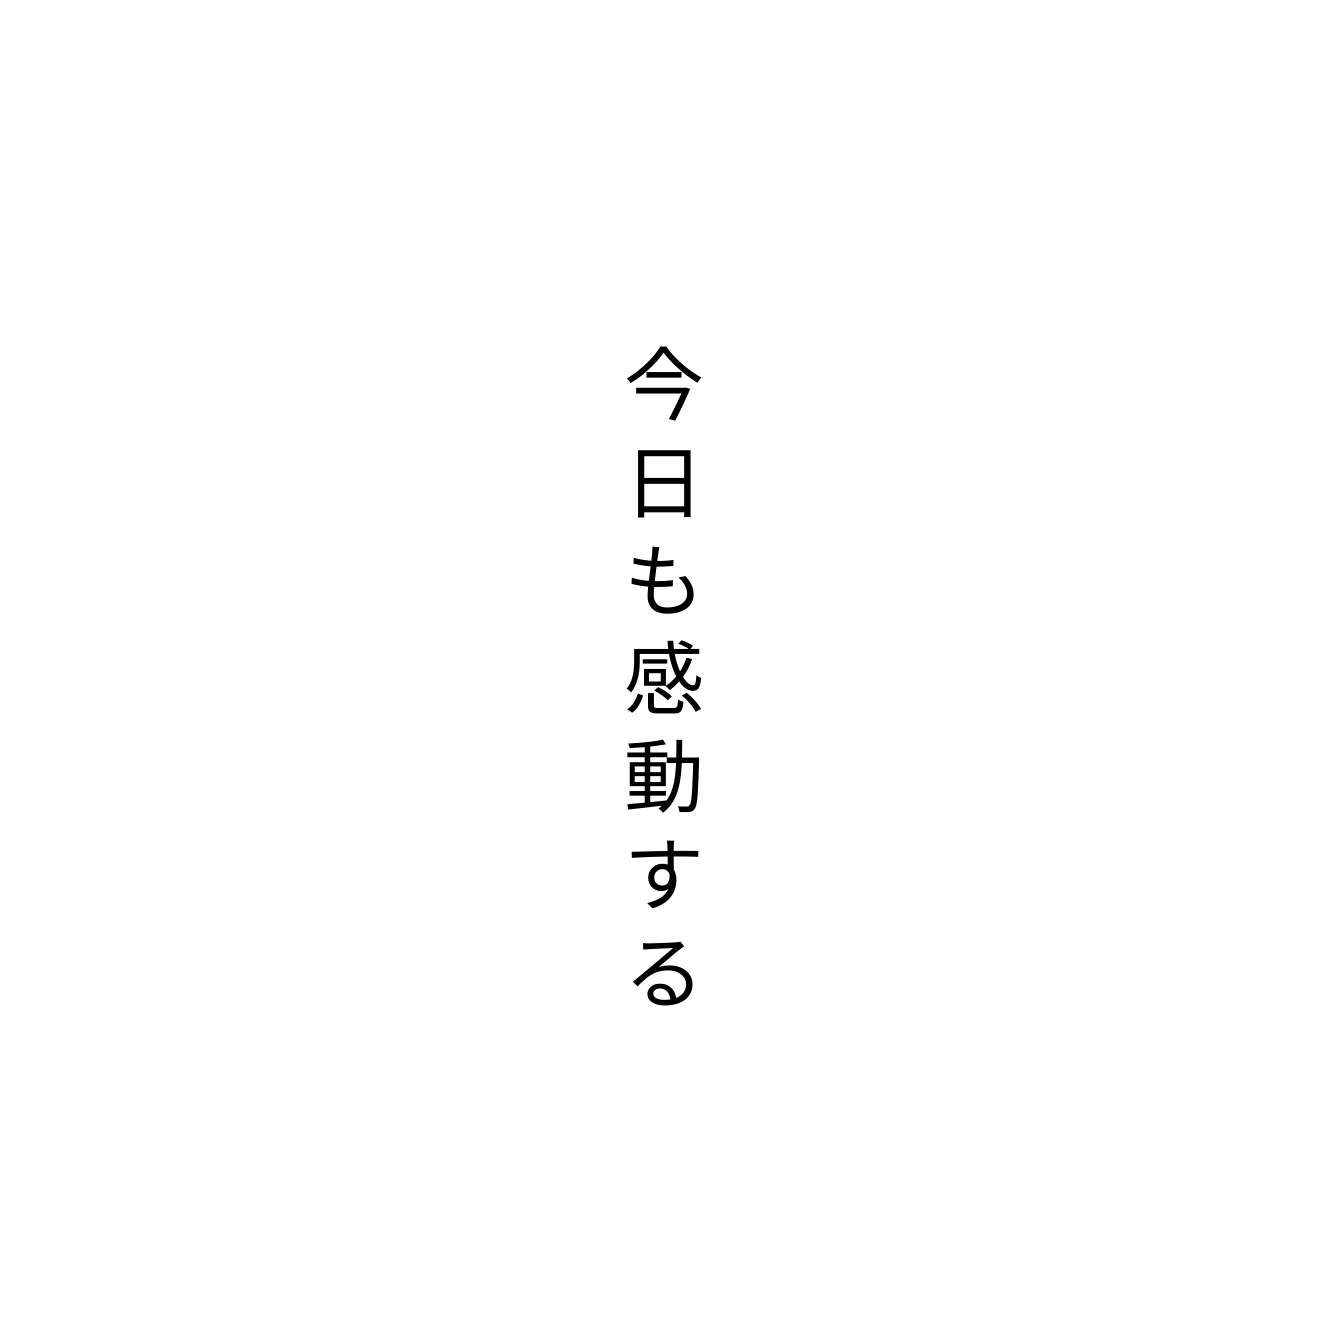
今日も感動する